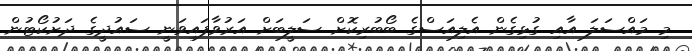
މި މައްސަލަ އާއި ގުޅިގެން އެލިއަސްގެ ބޯބުރިކޮށް ސަލީބަށް އަރުވާފައިވަނީ ސައުދީގެ ދަށުކޯޓުން